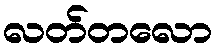
လတ်တလော